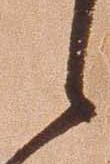
候